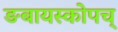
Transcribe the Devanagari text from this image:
ङबायस्कोपच्